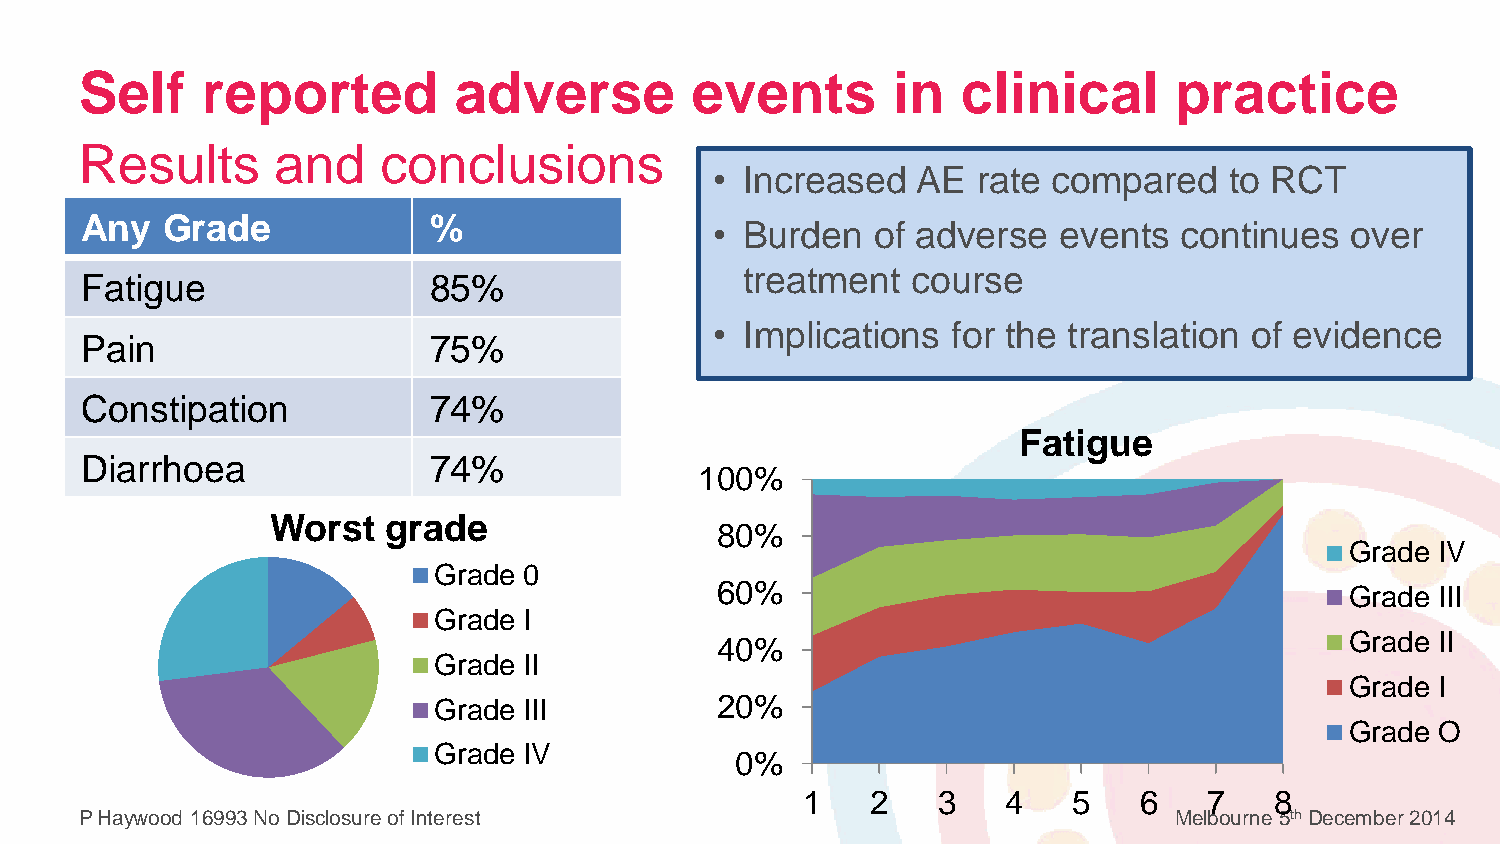
Self    reported         adverse         events       in   clinical      practice
 Results      and    conclusions
 • Increased   AE  rate compared   to RCT
 Any   Grade            %
 • Burden   of adverse  events  continues  over
 treatment  course
 Fatigue                85%
 • Implications  for the translation of evidence
 Pain                   75%
 Constipation           74%
 Fatigue
 Diarrhoea              74%
 100%
 Worst   grade
 80%
 Grade IV
 Grade 0
 60%
 Grade III
 Grade I
 40%                                       Grade II
 Grade II
 Grade I
 Grade III         20%
 Grade O
 Grade IV
 0%
 1    2   3    4   5   6    7   8
 P Haywood 16993 No Disclosure of Interest                                Melbourne 5th December 2014